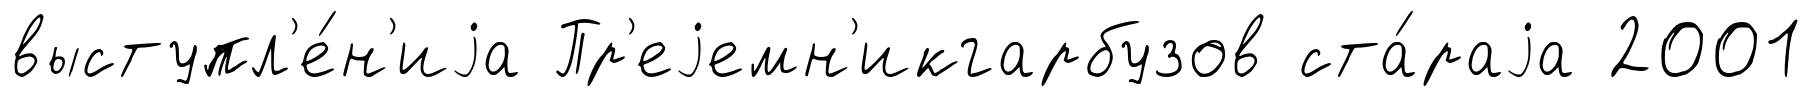
выступл'е́н'иjа Пр'еjемн'икгарбузов ста́раjа 2001